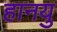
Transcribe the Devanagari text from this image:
हानयु